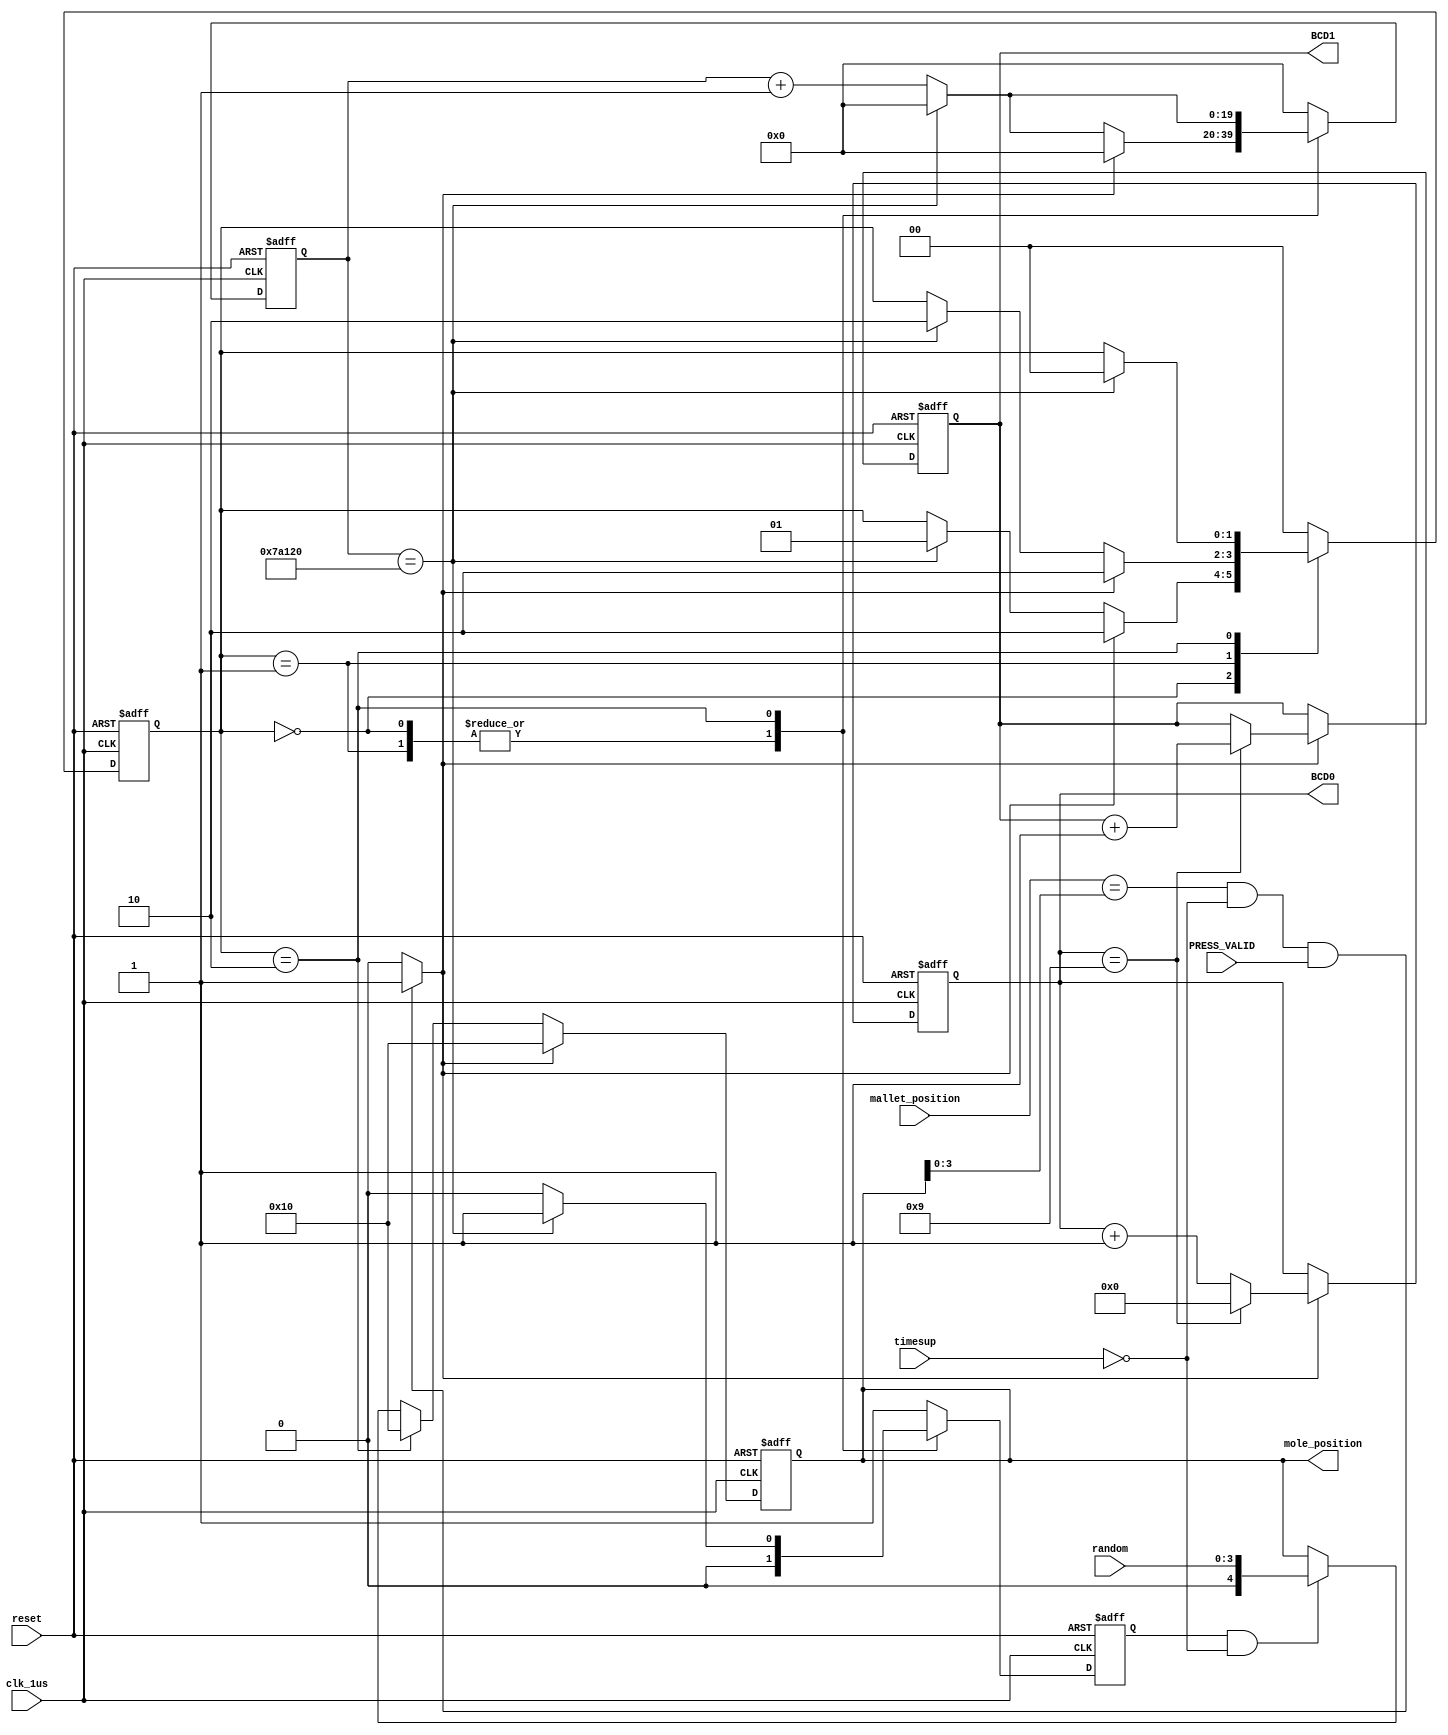
module WhacAMole(BCD1, BCD0, mole_position, random, mallet_position, timesup, PRESS_VALID, reset, clk_1us);
	input PRESS_VALID, reset, clk_1us;
	input [3:0] random;
	input [3:0] mallet_position;
	input timesup;
	output [3:0] BCD1, BCD0;
	output [4:0] mole_position;
	reg [4:0] mole_position;
	wire [4:0] next_mole;
	reg [3:0] BCD0, BCD1;
	wire [3:0] next_BCD0, next_BCD1;
	reg[19:0] counter500000, next_counter500000;	
	reg [1:0] state, next_state;
	reg generatenewmole, next_generatenewmole;
	wire hit;
	parameter status0 = 2'h0;
	parameter status1 = 2'h1;
	parameter status2 = 2'h2;
	always @(posedge clk_1us or negedge reset)begin
		if(!reset)begin
			mole_position <= 5'd0;
			state <= 2'd0;
			BCD0 <= 4'd0;
			BCD1 <= 4'd0;
			counter500000 <= 20'd0;
			generatenewmole <= 0;
		end else begin
			mole_position <= next_mole;
			state <= next_state;
			BCD0 <= next_BCD0;
			BCD1 <= next_BCD1;
			counter500000 <= next_counter500000;
			generatenewmole <= next_generatenewmole;
		end
	end
	always @(*)	begin
		case (state)
			status0: begin
				if(hit) begin
					next_state = status2;
					next_counter500000 = 20'd0;
				end else if(counter500000==20'd500000) begin
					next_state = status1;
					next_counter500000 = 20'd0;
				end else begin
					next_state = state;
					next_counter500000 = counter500000 + 20'd1;
				end
				next_generatenewmole = 0;
			end
			status1: begin
				if(hit) begin
					next_state = status2;
					next_counter500000 = 20'd0;
				end else if(counter500000==20'd500000) begin
					next_state = status2;
					next_counter500000 = 20'd0;
				end else begin
					next_state = state;
					next_counter500000 = counter500000 + 20'd1;
				end
				next_generatenewmole = 0;
			end
			status2: begin
				if(counter500000==20'd500000) begin
					next_state = status0;
					next_counter500000 = 20'd0;
					next_generatenewmole = 1;
				end else begin
					next_state = state;
					next_counter500000 = counter500000 + 20'd1;
					next_generatenewmole = 0;
				end
			end
			default: begin
				next_state = 2'd0;
				next_counter500000 = 20'd0;
				next_generatenewmole = 1;
			end
		endcase
	end
	assign next_BCD0 = (hit==4'd1) ? ( (BCD0==4'd9) ? 4'd0 : (BCD0+4'd1) ) : BCD0;
	assign next_BCD1 = (hit==4'd1) ? ( (BCD0==4'd9) ? (BCD1+4'd1) : BCD1 ) : BCD1;
	assign hit = ((mallet_position == mole_position[3:0])&&(!timesup)&&(PRESS_VALID)) ? 1'd1 : 1'd0;
	assign next_mole = (hit) ? 5'b10000 : ((state==status2) ? 5'b10000 : ((generatenewmole && !timesup) ? random : mole_position));	
endmodule